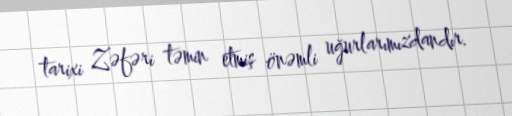
tarixi Zəfəri təmin etmiş önəmli uğurlarımızdandır.